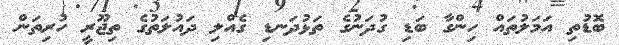
ބޮޑުތި އަމަލުތައް ހިންގާ ބަޑި ގުދަނުގެ ތަޅުދަނޑި ގެއްލި ދައުލަތުގެ ތިޖޫރީ ހުރިތަން